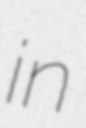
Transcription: in